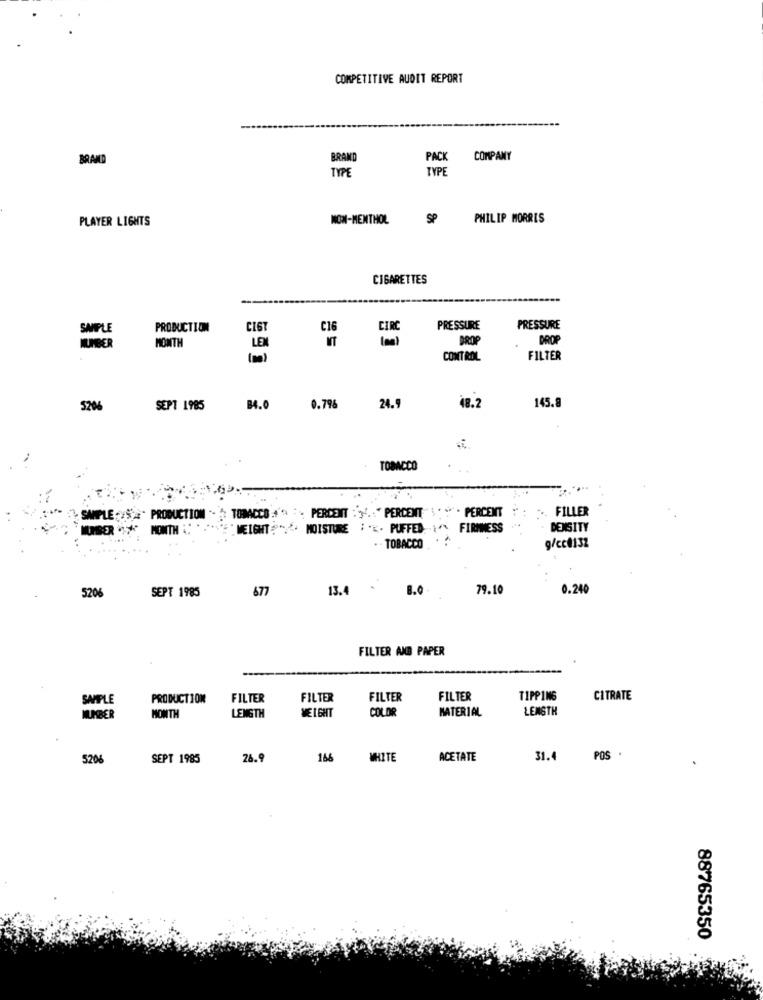
COMPETITIVE AUDIT REPORT
BRAND
BRAND
PACK
COMPANY
TYPE
TYP
PLAYER LIGHTS
NOW-MENTHOL
SP
PHILIP MORRIS
CIGARETTES
SAMPLE
PRODUCTION
CIGT
C16
CIR
PRESSURE
PRESSURE
NUMBER
MONTH
LEX
DROP
DROP
(m)
CONTROL
FILTER
5206
SEPT 1985
B4.0
0.796
24.9
48.2
145.8
TOBACCO
FILLER
SAMPLE :¥5;4- PRODUCTION -
TOBACCO :'* :. PERDENT : y'. : " PERCENT"\' ". PERCENT
MONTH
WEIGHT :" MOISTURE ; . K. PUFFED 1"* FIRMMESS
DENSITY
TOBACCO
9/cc@132
SEPT 1985
677
13.4
8.0.
79.10
0.240
5206
FILTER AND PAPER
SAMPLE
PRODUCTION
FILTER
FILTER
FILTER
FILTER
TIPPING
CITRATE
WEIGHT
COLOR
MATERIAL
LENGTH
NUMBER
MONTH
LENGTH
5206
SEPT 1985
26.9
166
WHITE
ACETATE
31.4
POS
88765350